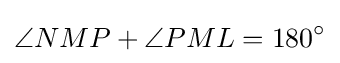
\angle NMP+\angle PML=180^{\circ }